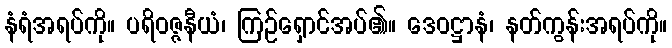
နံရံအရပ်ကို။ ပရိဝဇ္ဇနီယံ၊ ကြဉ်ရှောင်အပ်၏။ ဒေဝဋ္ဌာနံ၊ နတ်ကွန်းအရပ်ကို။